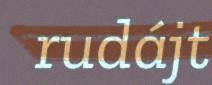
rudájt